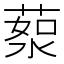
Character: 𦷸